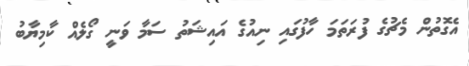
އެގޮތުން މެޗުގެ ފުރަތަމަ ހާފުގައި ނިއުގެ އައިޝަތު ސަމާ ވަނީ ގޯލެއް ކާމިޔާބު